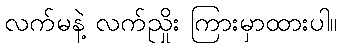
လက်မနဲ့ လက်ညှိုး ကြားမှာထားပါ။